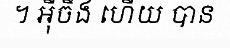
។ អ៊ីចឹង ហើយ បាន